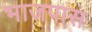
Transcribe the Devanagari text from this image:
भाजपास